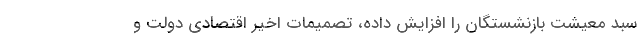
سبد معیشت بازنشستگان را افزایش داده، تصمیمات اخیر اقتصادی دولت و